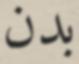
بدن